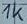
Text: 1K